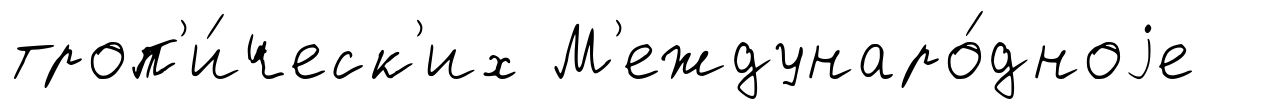
троп'и́ческ'их М'еждунаро́дноjе